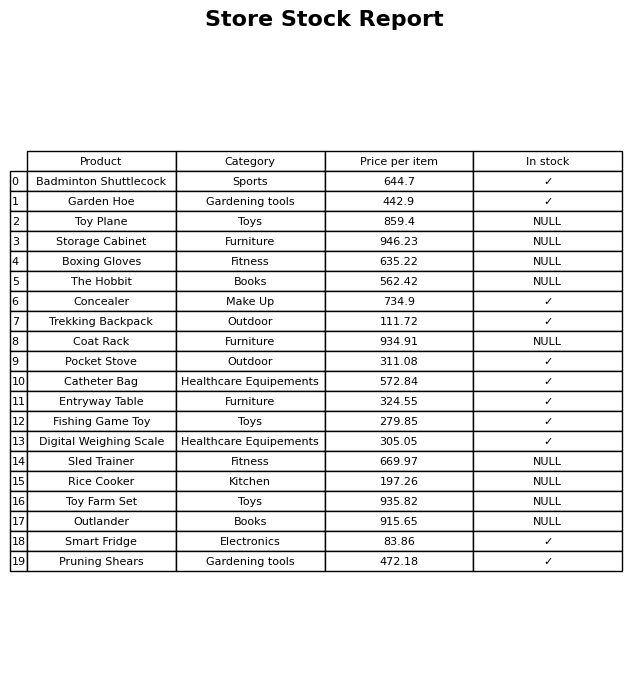
question: What is the price for Rice Cooker?
answer: The price of Rice Cooker is 197.26.